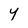
Character: Y